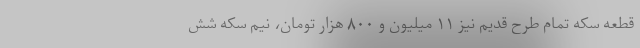
قطعه سکه تمام طرح قدیم نیز ۱۱ میلیون و ۸۰۰ هزار تومان، نیم سکه شش